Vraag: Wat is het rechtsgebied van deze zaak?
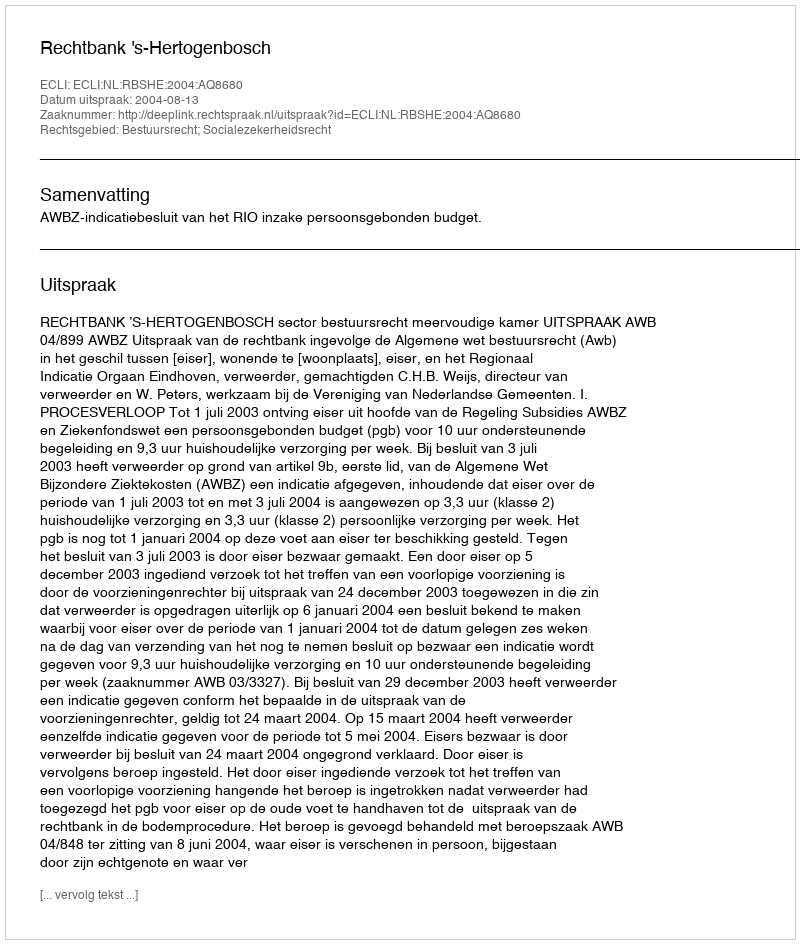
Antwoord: Bestuursrecht; Socialezekerheidsrecht